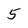
Character: 5